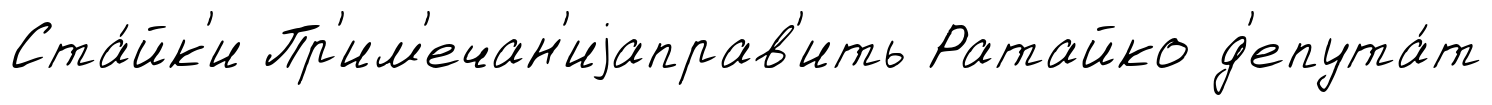
Ста́йк'и Пр'им'ечан'иjаправ'ить Ратайко д'епута́т